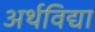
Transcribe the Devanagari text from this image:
अर्थविद्या